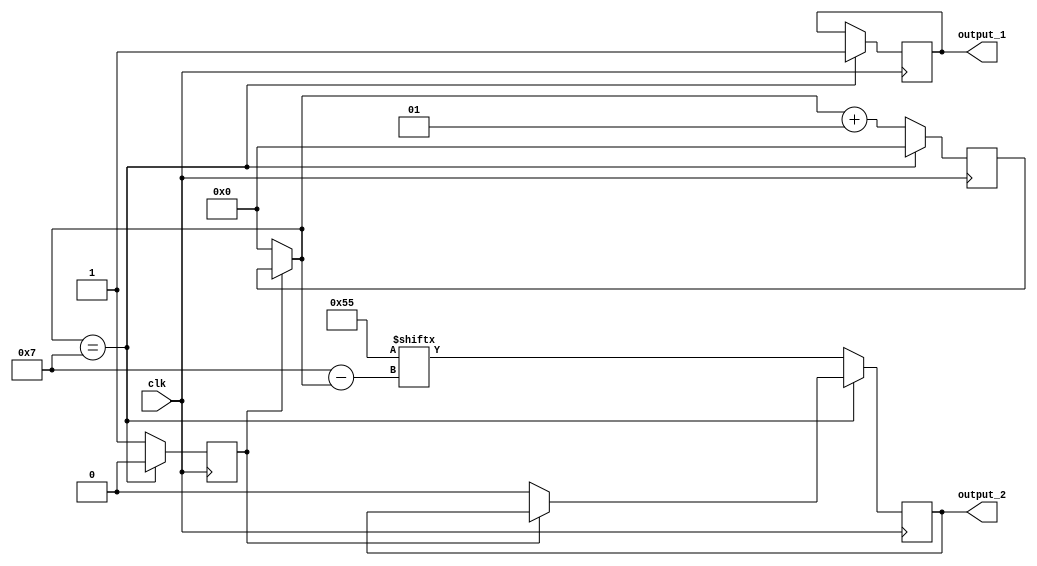
module shift_register(
	clk,
	output_1,
	output_2
);
	input clk;
	output reg output_1; // latch   gpio 32
	output reg output_2; // ds gpio 34

	reg[0:7] data;
	reg transfer_data;
	integer counter;
	
	initial
	begin
		transfer_data = 1'b0;
		output_1 = 1'b0;
		output_2 = 1'b0;
		data = 8'b01010101;
	end
	
	always@(posedge clk)
	begin
		//         
		//    
		if(transfer_data == 1'b0)
		begin
		//    
		transfer_data = 1'b1;
		
		// latch b2 (gpio_32)  
		output_2 = 1'b0;
		counter = 0;
		end
		
		//   
		if(transfer_data == 1'b1)
		begin
			if(counter == 7)
			begin
				output_1 = 1'b1; // latch b2 (gpio_32)  
				counter = 0;
				transfer_data = 1'b0;
			end else
			begin
				output_2 = data[counter];
				counter = counter+1;
			end

			
		end
	end

endmodule